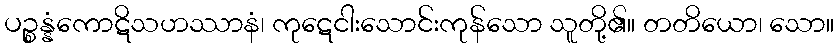
ပဉ္စန္နံကောဋိသဟဿာနံ၊ ကုဋေငါးသောင်းကုန်သော သူတို့၏။ တတိယော၊ သော။